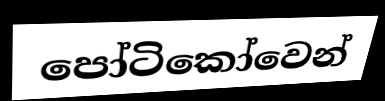
පෝටිකෝවෙන්